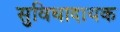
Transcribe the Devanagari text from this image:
सुविधादायक